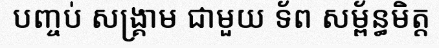
បញ្ចប់ សង្គ្រាម ជាមួយ ទ័ព សម្ព័ន្ធមិត្ត